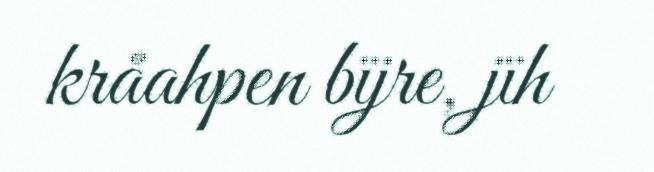
kråahpen bïjre, jïh